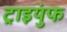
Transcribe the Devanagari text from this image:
ट्राइयुंफ